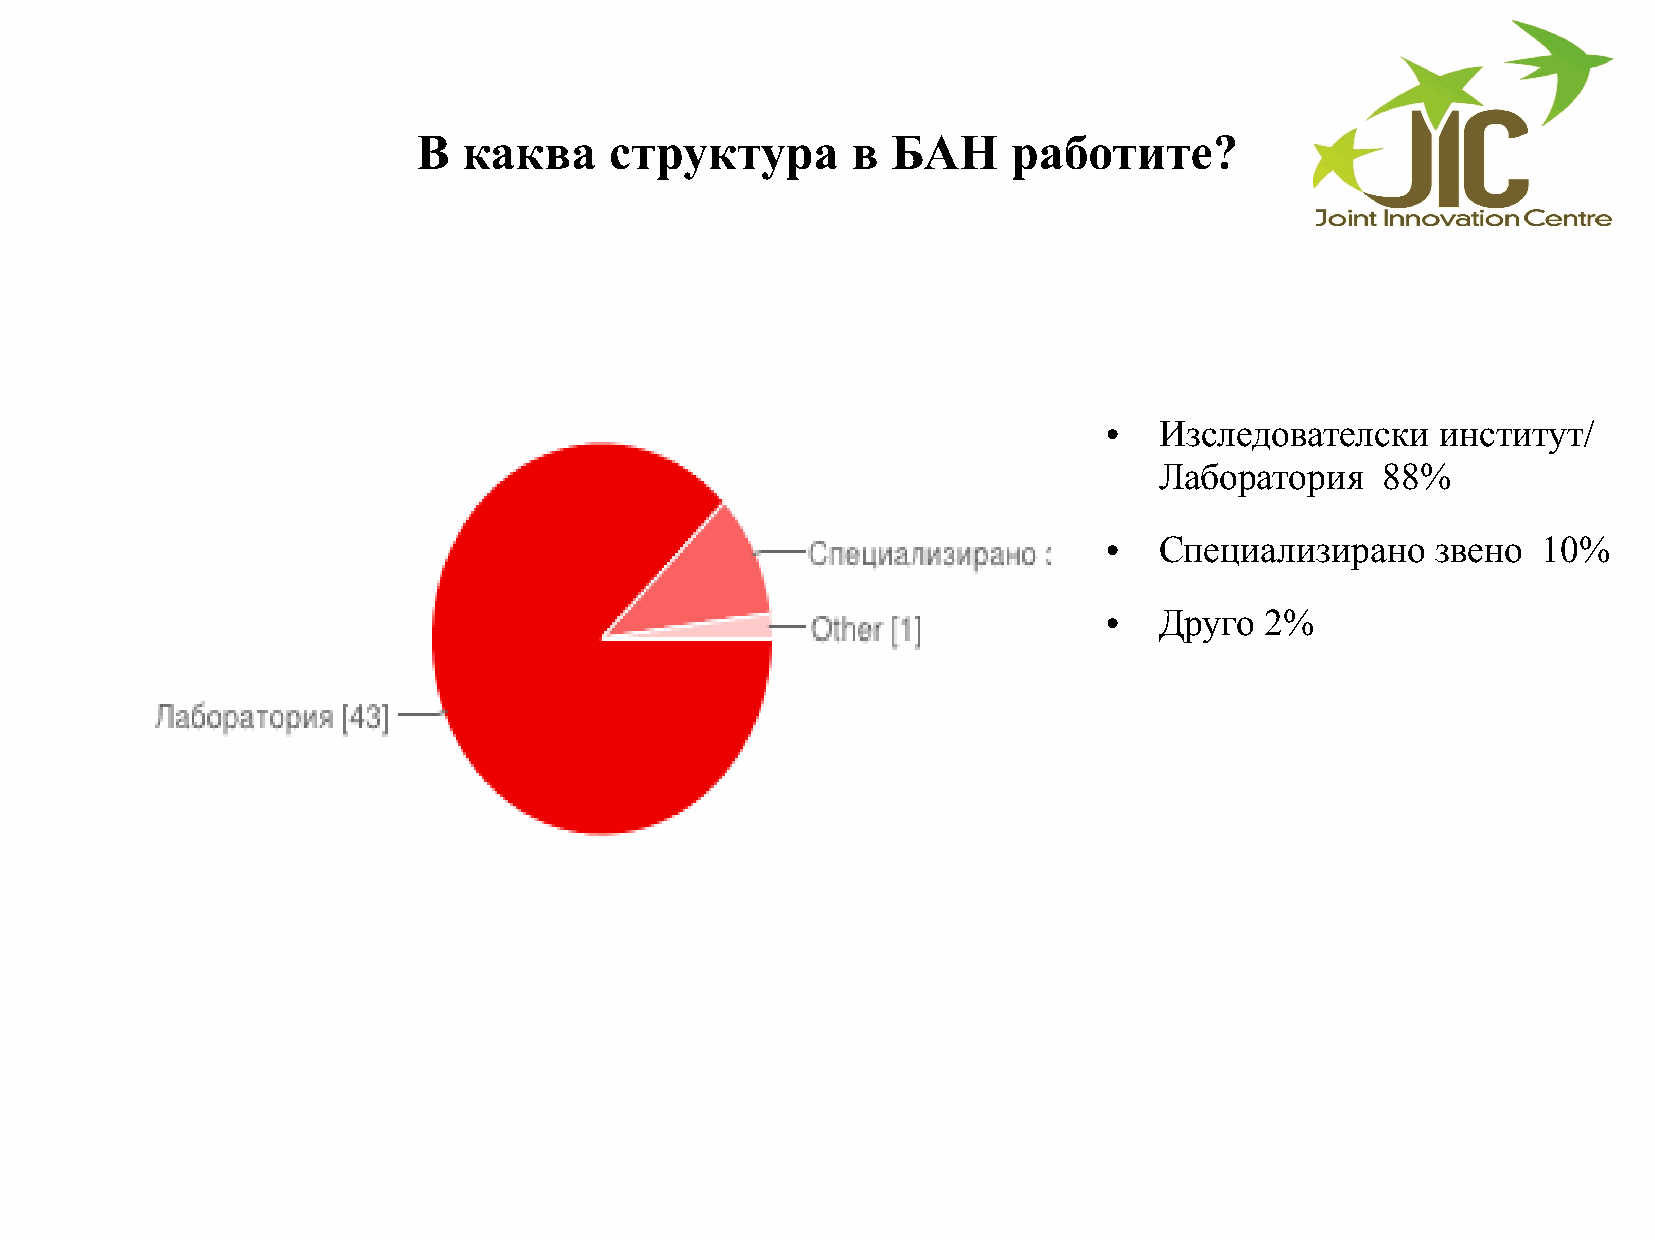
В  каква    структура       в  БАН     работите?
 Изследователски   институт/
 ●
 Лаборатория    88%
 Специализирано    звено  10%
 ●
 Друго  2%
 ●